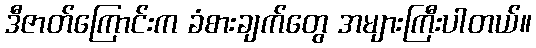
ဒီဇာတ်ကြောင်းက ခံစားချက်တွေ အများကြီးပါတယ်။